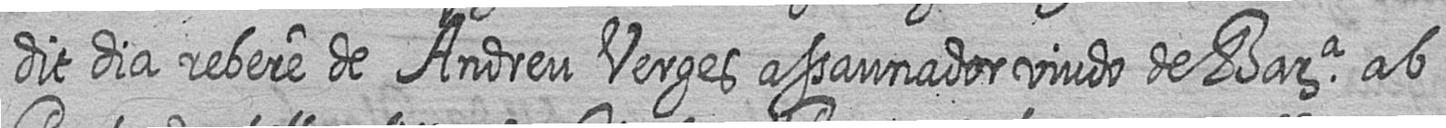
dit dia rebere de Andreu Verges assaunador viudo de Bara ab